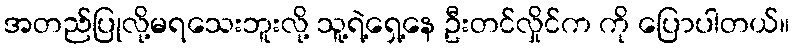
အတည်ပြုလို့မရသေးဘူးလို့ သူ့ရဲ့ရှေ့နေ ဦးတင်လှိုင်က ကို ပြောပါတယ်။